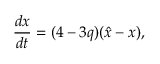
\frac { d x } { d t } = ( 4 - 3 q ) ( \hat { x } - x ) ,